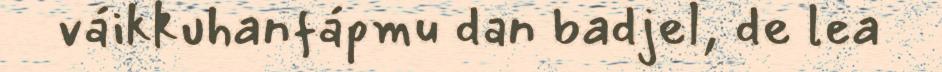
váikkuhanfápmu dan badjel, de lea